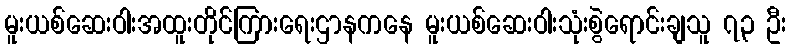
မူးယစ်ဆေးဝါးအထူးတိုင်ကြားရေးဌာနကနေ မူးယစ်ဆေးဝါးသုံးစွဲရောင်းချသူ ၇၃ ဦး